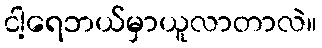
ငါ့ရေဘယ်မှာယူလာတာလဲ။